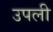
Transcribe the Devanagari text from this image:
उपली